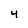
Character: 4